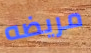
مريضه